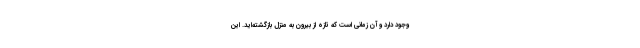
وجود دارد و آن زمانی است که تازه از بیرون به منزل بازگشته‌اید. این